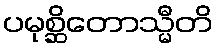
ပမုစ္ဆိတောသ္မီတိ